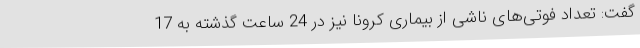
گفت: تعداد فوتی‌های ناشی از بیماری کرونا نیز در 24 ساعت گذشته به 17